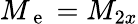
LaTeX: M_{\mathrm{~e~}}=M_{2x}